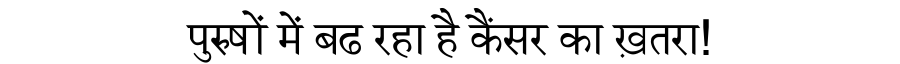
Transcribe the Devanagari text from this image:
पुरुषों में बढ रहा है कैंसर का ख़तरा!